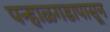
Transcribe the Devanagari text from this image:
पन्हाळगडापासून